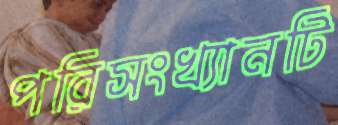
পরিসংখ্যানটি